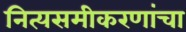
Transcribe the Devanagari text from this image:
नित्यसमीकरणांचा